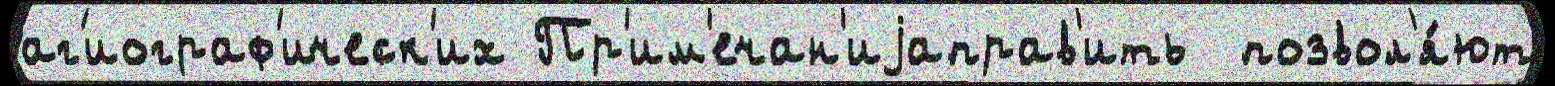
аг'иограф'ическ'их Пр'им'ечан'иjаправ'ить  позвол'я́ют